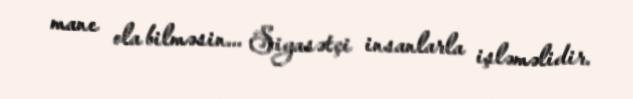
mane ola bilməsin... Siyasətçi insanlarla işləməlidir.